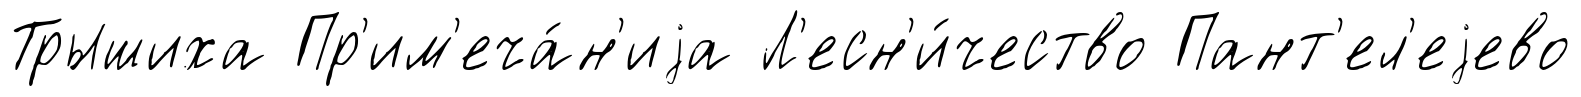
Трышиха Пр'им'еча́н'иjа Л'есн'и́чество Пант'ел'еjево